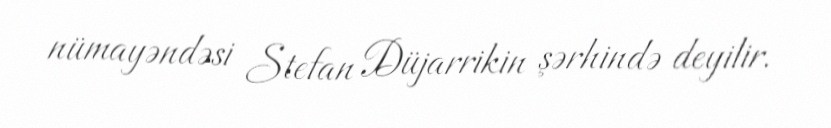
nümayəndəsi Stefan Düjarrikin şərhində deyilir.